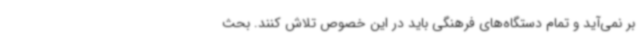
بر نمی‌آید و تمام دستگاه‌های فرهنگی باید در این خصوص تلاش کنند. بحث